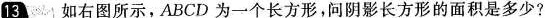
13 如右图所示，ABCD为一个长方形，问阴影长方形的面积是多少?